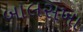
બાલસખા